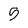
Character: 5